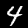
Label: 4